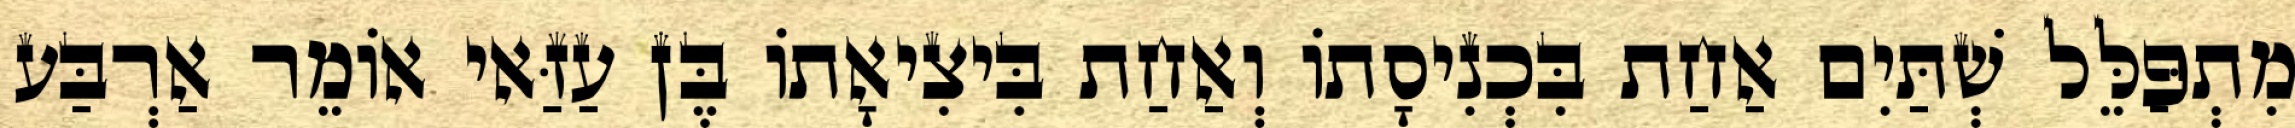
מִתְפַּלֵּל שְׁתַּיִם אַחַת בִּכְנִיסָתוֹ וְאַחַת בִּיצִיאָתוֹ בֶּן עַזַּאי אוֹמֵר אַרְבַּע